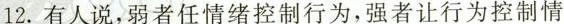
12.有人说，弱者任情绪控制行为，强者让行为控制情